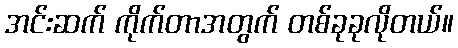
အင်းဆက် ကိုက်တာအတွက် တစ်ခုခုလိုတယ်။